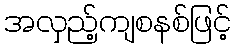
အလှည့်ကျစနစ်ဖြင့်